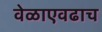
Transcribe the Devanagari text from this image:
वेळाएवढाच